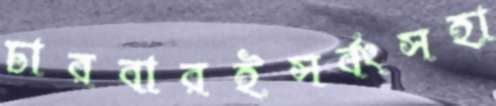
চারবারইসর্বংসহা